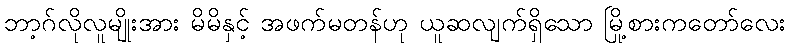
ဘာ့ဂ်လိုလူမျိုးအား မိမိနှင့် အဖက်မတန်ဟု ယူဆလျက်ရှိသော မြို့စားကတော်လေး